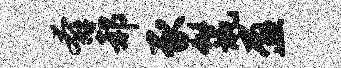
奔郝豕鬣盈